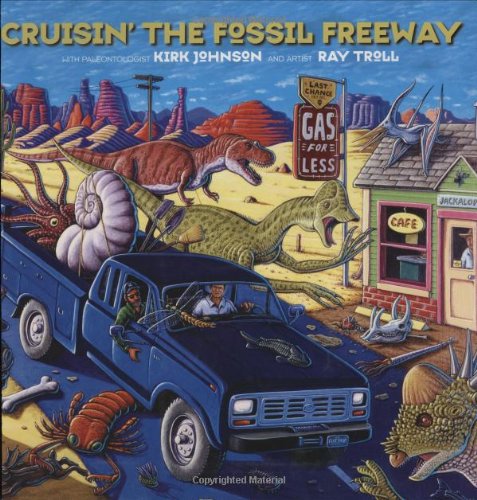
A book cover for Cruisin' the Fossil Freeway: An Epoch Tale of a Scientist and an Artist on the Ultimate 5,000-Mile Paleo Road Trip; Kirk Johnson; Science & Math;